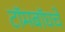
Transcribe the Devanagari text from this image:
टॉमबॉघचे